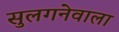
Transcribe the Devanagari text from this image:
सुलगनेवाला